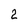
Character: 2